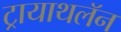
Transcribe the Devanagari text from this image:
ट्रायाथलॅन